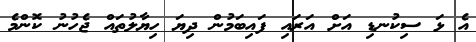
އެ ޅަ ސިކުނޑި އަށް އަރައި ފައިބަމުން ދިޔަ ހިޔާލުތައް ޖެހުނު ކޮންމެ